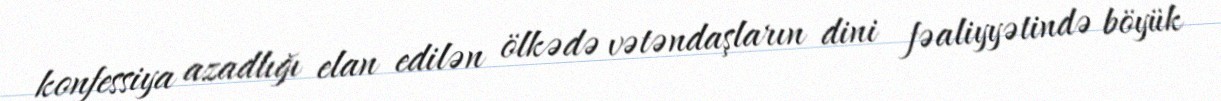
konfessiya azadlığı elan edilən ölkədə vətəndaşların dini fəaliyyətində böyük